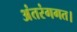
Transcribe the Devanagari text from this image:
अंतरंगगत।